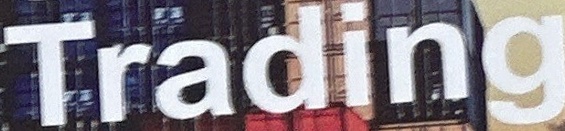
Trading